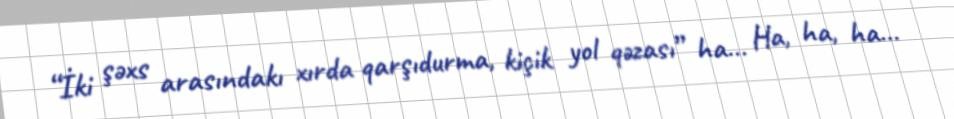
“İki şəxs arasındakı xırda qarşıdurma, kiçik yol qəzası” ha... Ha, ha, ha...